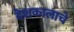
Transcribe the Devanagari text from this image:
देशकालाचे